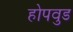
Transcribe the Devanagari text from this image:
होपवुड